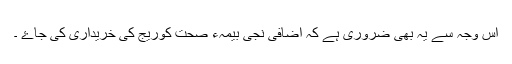
اس وجہ سے یہ بھی ضروری ہے کہ اضافی نجی بیمہء صحت کوریج کی خریداری کی جاۓ ۔